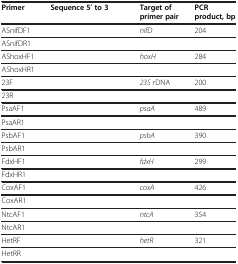
<table><thead><tr><td><b>Primer</b></td><td><b>Sequence 5<sup>′</sup>to 3</b></td><td><b>Target of primer pair</b></td><td><b>PCR product, bp</b></td></tr></thead><tbody><tr><td>ASnifDF1</td><td>[EMPTY_CELL]</td><td><i>nifD</i></td><td>204</td></tr><tr><td>ASnifDR1</td><td>[EMPTY_CELL]</td><td>[EMPTY_CELL]</td><td>[EMPTY_CELL]</td></tr><tr><td>AShoxHF1</td><td>[EMPTY_CELL]</td><td><i>hoxH</i></td><td>284</td></tr><tr><td>AShoxHR1</td><td>[EMPTY_CELL]</td><td>[EMPTY_CELL]</td><td>[EMPTY_CELL]</td></tr><tr><td>23F</td><td>[EMPTY_CELL]</td><td><i>23S</i> rDNA</td><td>200</td></tr><tr><td>23R</td><td>[EMPTY_CELL]</td><td>[EMPTY_CELL]</td><td>[EMPTY_CELL]</td></tr><tr><td>PsaAF1</td><td>[EMPTY_CELL]</td><td><i>psaA</i></td><td>489</td></tr><tr><td>PsaAR1</td><td>[EMPTY_CELL]</td><td>[EMPTY_CELL]</td><td>[EMPTY_CELL]</td></tr><tr><td>PsbAF1</td><td>[EMPTY_CELL]</td><td><i>psbA</i></td><td>390</td></tr><tr><td>PsbAR1</td><td>[EMPTY_CELL]</td><td>[EMPTY_CELL]</td><td>[EMPTY_CELL]</td></tr><tr><td>FdxHF1</td><td>[EMPTY_CELL]</td><td><i>fdxH</i></td><td>299</td></tr><tr><td>FdxHR1</td><td>[EMPTY_CELL]</td><td>[EMPTY_CELL]</td><td>[EMPTY_CELL]</td></tr><tr><td>CoxAF1</td><td>[EMPTY_CELL]</td><td><i>coxA</i></td><td>426</td></tr><tr><td>CoxAR1</td><td>[EMPTY_CELL]</td><td>[EMPTY_CELL]</td><td>[EMPTY_CELL]</td></tr><tr><td>NtcAF1</td><td>[EMPTY_CELL]</td><td><i>ntcA</i></td><td>354</td></tr><tr><td>NtcAR1</td><td>[EMPTY_CELL]</td><td>[EMPTY_CELL]</td><td>[EMPTY_CELL]</td></tr><tr><td>HetRF</td><td>[EMPTY_CELL]</td><td><i>hetR</i></td><td>321</td></tr><tr><td>HetRR</td><td>[EMPTY_CELL]</td><td>[EMPTY_CELL]</td><td>[EMPTY_CELL]</td></tr></tbody></table>